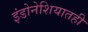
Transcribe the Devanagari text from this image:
इंडोनेशियातही